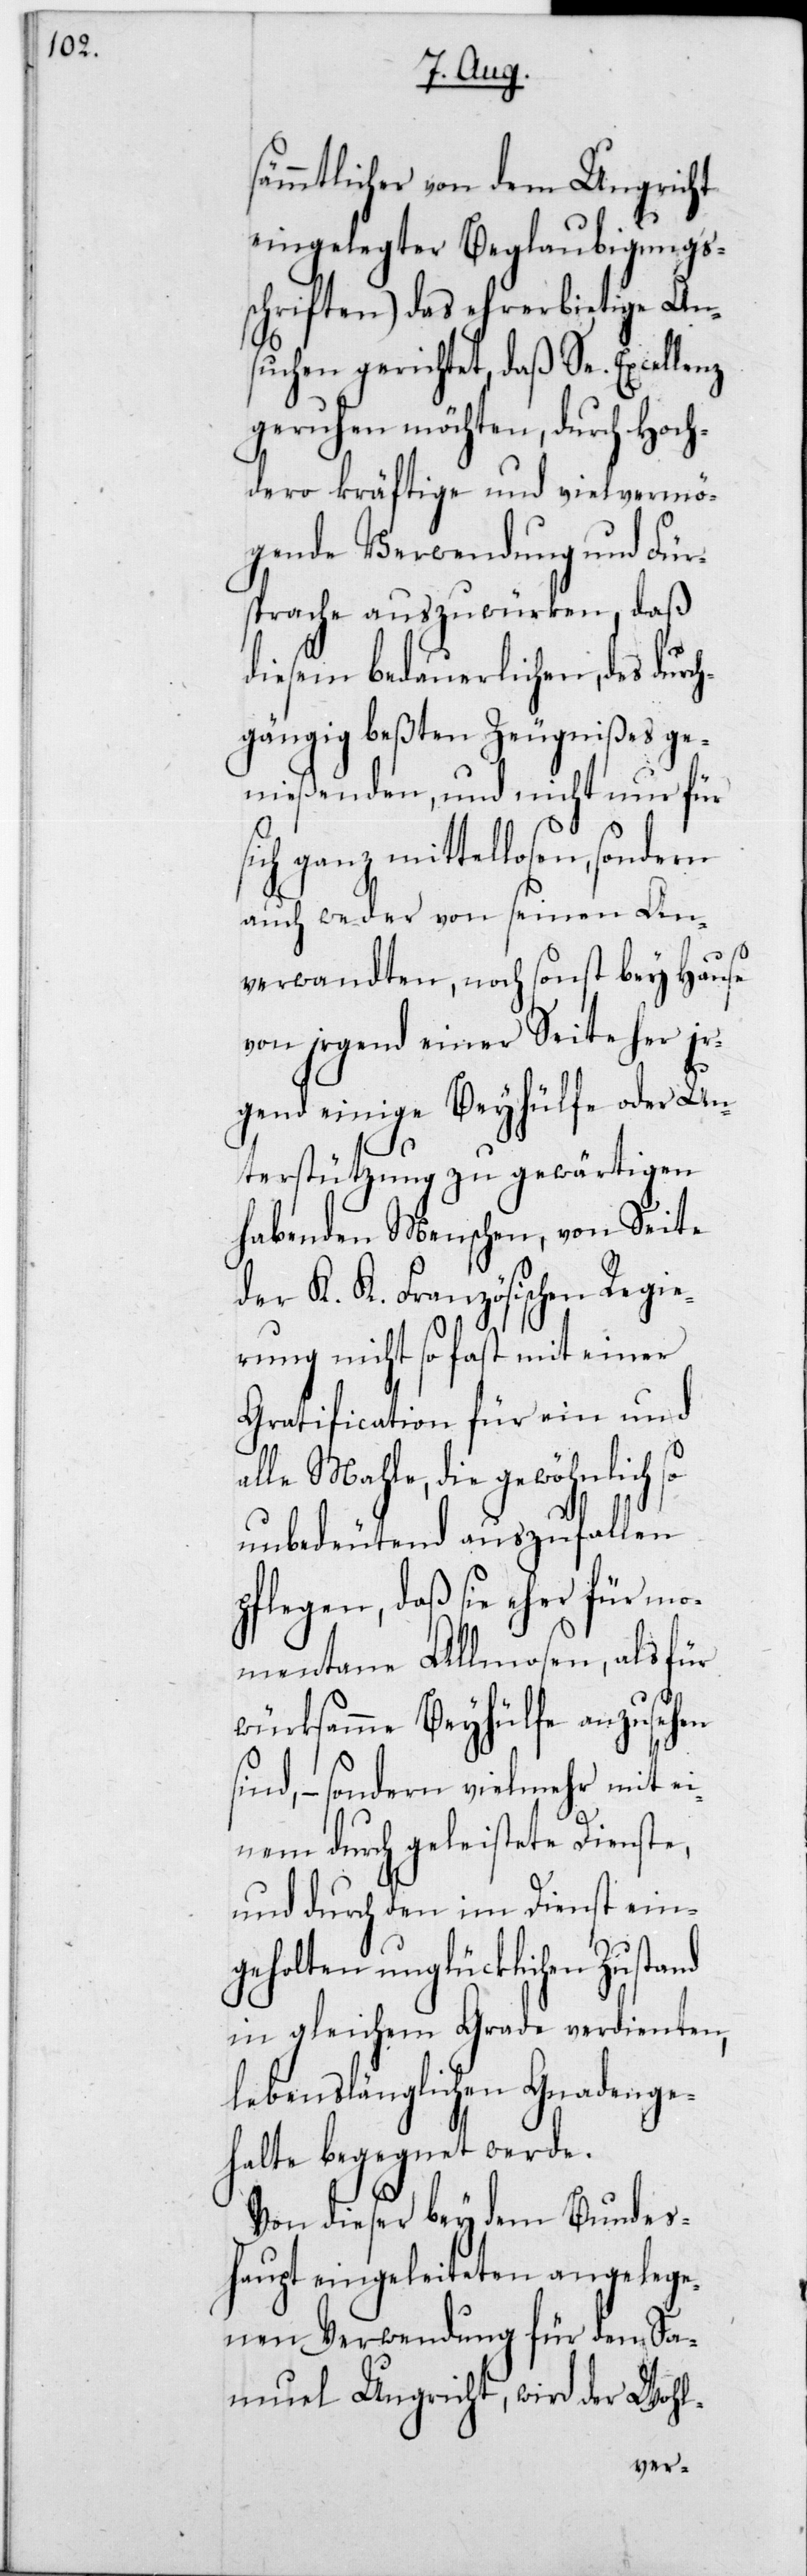
sämmtlicher von dem Ungricht
eingelegter Beglaubigungs¬
schriften) das ehrerbietige An¬
suchen gerichtet, daß Se. Excellen¬
z,geruhen möchten, durch Hoch¬
dero kräftige und vielvermö¬
gende Verwendung und Für¬
sprache auszuwürken, daß
diesem bedauerlichen, des durc¬
hgängig beßten Zeugnißes ge¬
nießenden und nicht nur für
sich ganz mittellosen, sondern
auch weder von seinen An¬
verwandten, noch sonst bey Hause
von irgend einer Seite her ir¬
gend einige Beyhülfe oder Un¬
terstützung zu gewärtigen
habenden Menschen, von Seite
der K. K. Französischen Regie¬
rung nicht so fast mit einer
Gratification für ein und
alle Mahle, die gewöhnlich so
unbedeutend auszufallen
pflegen, daß sie eher für mo¬
mentane Almosen als für
würksame Beyhülfe anzusehen
sind, – sondern vielmehr mit ei¬
nem durch geleistete Dienste,
und durch den im Dienst ein¬
geholten unglücklichen
in gleichem Grade verdienten,
lebenslänglichen Gnadenge¬
halte begegnet werde.
Von dieser bey dem Bundes¬
haupt eingeleiteten angelege¬
nen Verwendung für den Sa¬
muel Ungricht, wird der Wohl-